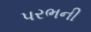
પરભની